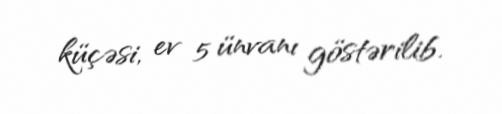
küçəsi, ev 5 ünvanı göstərilib.